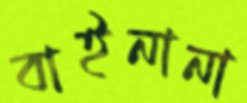
বাইনানা